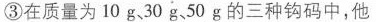
③在质量为10g30g50g的三种钩码中，他